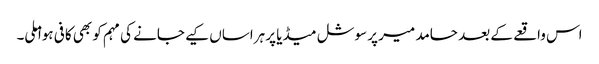
اس واقعے کے بعد حامد میر پر سوشل میڈیا پر ہراساں کیے جانے کی مہم کو بھی کافی ہوا ملی۔